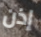
إذن